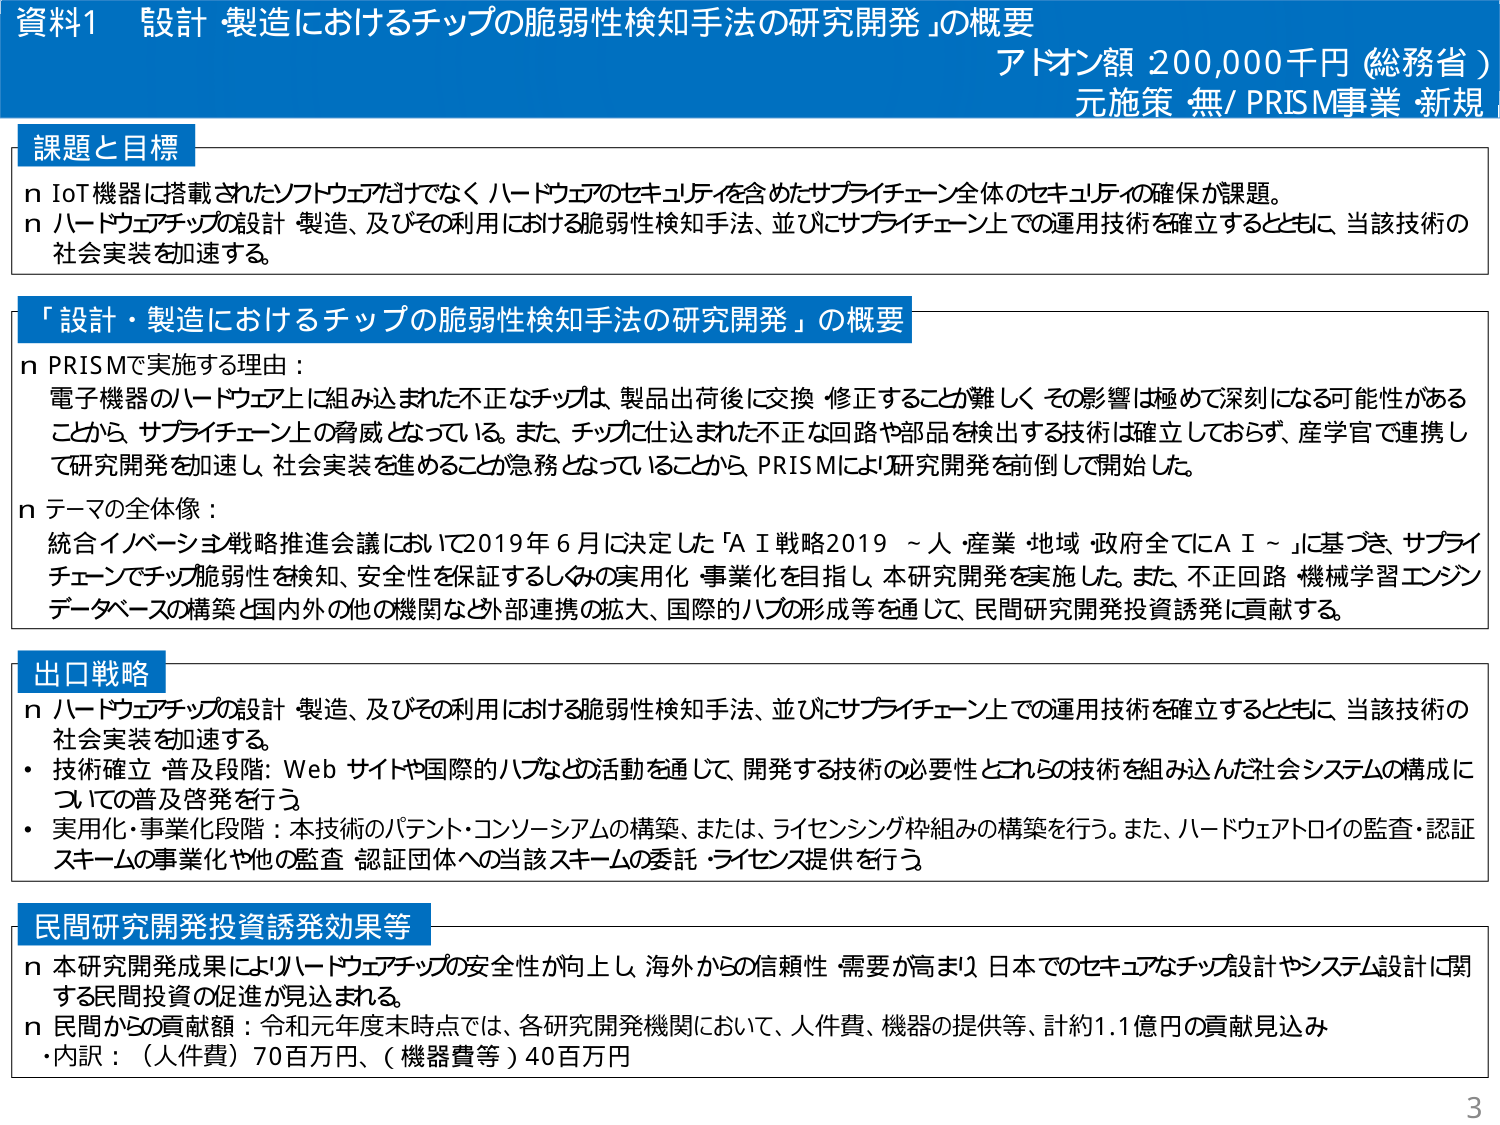
資料1 「設計・製造におけるチップの脆弱性検知手法の研究開発」の概要
アドオン額 200,000千円（総務省）
元施策 無/ PRISM事業 新規

課題と目標
n IoT機器に搭載されたソフトウェアだけでなく、ハードウェアのセキュリティを含めたサプライチェーン全体のセキュリティの確保が課題。
n ハードウェアチップの設計・製造、及びその利用における脆弱性検知手法、並びにサプライチェーン上での運用技術を確立するとともに、当該技術の社会実装を加速する。

「設計・製造におけるチップの脆弱性検知手法の研究開発」の概要
n PRISMで実施する理由：
電子機器のハードウェア上に組み込まれた不正なチップは、製品出荷後に交換・修正することが難しく、その影響は極めて深刻になる可能性があることから、サプライチェーン上の脅威となっている。また、チップに仕込まれた不正な回路や部品を検出する技術は確立しておらず、産学官で連携して研究開発を加速し、社会実装を進めることが急務となっていることから、PRISMにより研究開発を前倒しで開始した。

n テーマの全体像：
統合イノベーション戦略推進会議において2019年6月に決定した「AI戦略2019～人・産業・地域・政府全てにAI～」に基づき、サプライチェーンでチップ脆弱性を検知、安全性を保証するしみの実用化・事業化を目指し、本研究開発を実施した。また、不正回路・機械学習エンジン・データベースの構築と国内外の他の機関など外部連携の拡大、国際的ハブの形成等を通じて、民間研究開発投資誘発に貢献する。

出口戦略
n ハードウェアチップの設計・製造、及びその利用における脆弱性検知手法、並びにサプライチェーン上での運用技術を確立するとともに、当該技術の社会実装を加速する。
・技術確立・普及段階：Webサイトや国際的ハブなどの活動を通じて、開発する技術の必要性とこれらの技術を組み込んだ社会システムの構成についての普及啓発を行う。
・実用化・事業化段階：本技術のパテント・コンソーシアムの構築、または、ライセンシング枠組みの構築を行う。また、ハードウェアトロイの監査・認証スキームの事業化や他の監査・認証団体への当該スキームの委託・ライセンス提供を行う。

民間研究開発投資誘発効果等
n 本研究開発成果によりハードウェアチップの安全性が向上し、海外からの信頼性・需要が高まり、日本でのセキュアなチップ設計やシステム設計に関する民間投資の促進が見込まれる。
n 民間からの貢献額：令和元年度末時点では、各研究開発機関において、人件費、機器の提供等、計約1.1億円の貢献見込み
・内訳：（人件費）70百万円、（機器費等）40百万円

3